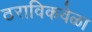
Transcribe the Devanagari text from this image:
ठराविकवेळा